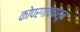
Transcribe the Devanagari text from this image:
कोपरगावपासून